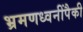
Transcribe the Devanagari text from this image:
भ्रमणध्वनींपैकी